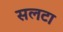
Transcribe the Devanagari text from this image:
सलटा